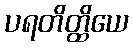
ပရတိတ္ထိယေ